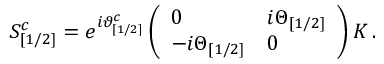
S _ { [ 1 / 2 ] } ^ { c } = e ^ { i \vartheta _ { [ 1 / 2 ] } ^ { c } } \left( \begin{array} { l l } { { 0 } } & { { i \Theta _ { [ 1 / 2 ] } } } \\ { { - i \Theta _ { [ 1 / 2 ] } } } & { { 0 } } \end{array} \right) { \cal K } \, .